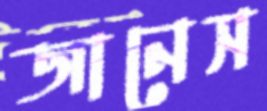
জানেস